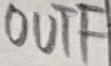
Text: OUTF